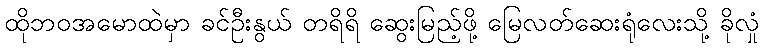
ထိုဘဝအမောထဲမှာ ခင်ဦးနွယ် တရိရိ ဆွေးမြည့်ဖို့ မြေလတ်ဆေးရုံလေးသို့ ခိုလှုံ